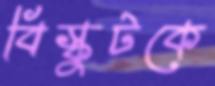
বিস্কুটকে